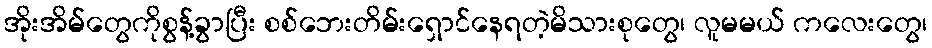
အိုးအိမ်တွေကိုစွန့်ခွာပြီး စစ်ဘေးတိမ်းရှောင်နေရတဲ့မိသားစုတွေ၊ လူမမယ် ကလေးတွေ၊